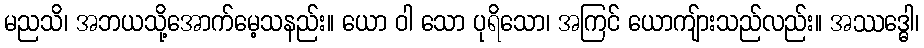
မညသိ၊ အဘယသို့အောက်မေ့သနည်း။ ယော ဝါ သော ပုရိသော၊ အကြင် ယောကျ်ားသည်လည်း။ အဿဒ္ဓေါ၊